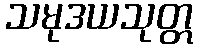
သမုဒယသုတ္တ